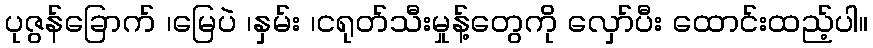
ပုဇွန်ခြောက် ၊မြေပဲ ၊နှမ်း ၊ငရုတ်သီးမှုန့်တွေကို လှော်ပီး ထောင်းထည့်ပါ။